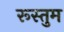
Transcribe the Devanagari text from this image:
रूस्तुम